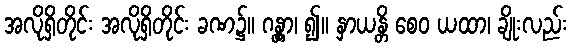
အလိုရှိတိုင်း အလိုရှိတိုင်း ခဏ၌။ ဂန္တွာ၊ ၍။ နှာယန္တိ စေဝ ယထာ၊ ချိုးလည်း